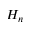
H _ { n }